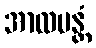
အာလပန္တံ